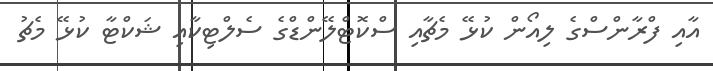
އާއި ފްރާންސްގެ ލިއޯން ކުޅޭ މެޗާއި ސްކޮޓްލޭންޑްގެ ސެލްޓިކާއި ޝަކްޓާ ކުޅޭ މެޗު